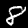
Digit: 8